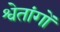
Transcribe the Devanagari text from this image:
श्वेतांगों